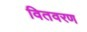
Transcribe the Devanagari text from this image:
वितवरण